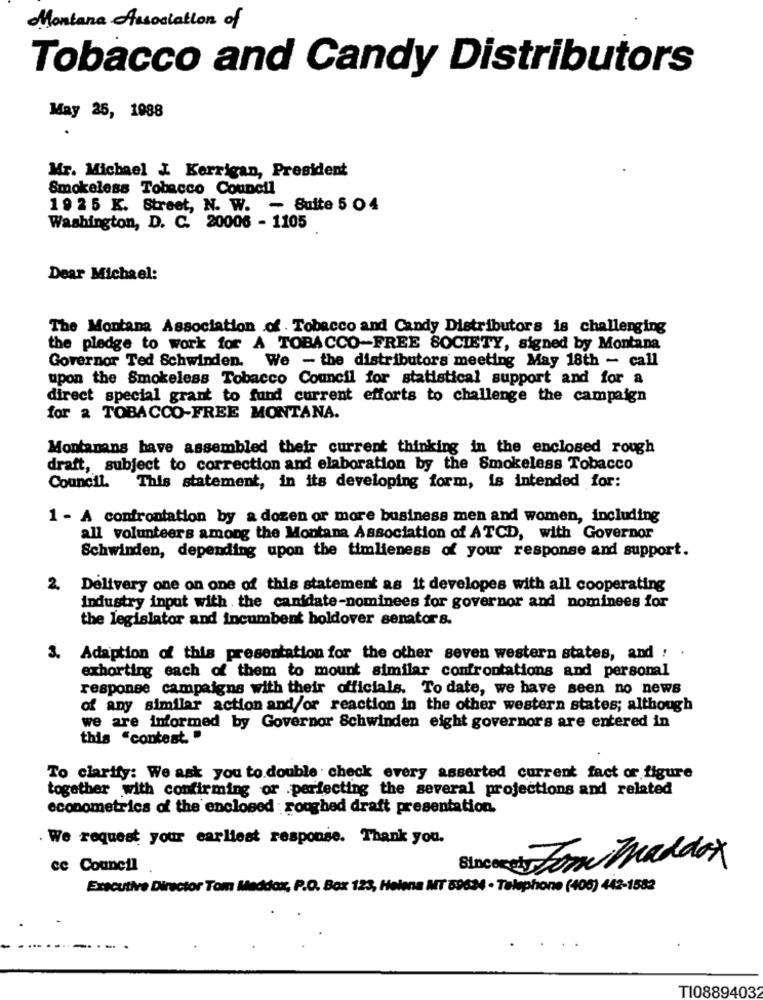
Montana Association of
Tobacco and Candy Distributors
May 25, 1988
Mr. Michael I Kerrigan, President
Smokeless Tobacco Council
19 25 K. Street, N. W. - Suite 5 04
Washington, D. C. 20006 - 1105
Dear Michael:
The Montana Association of . Tobacco and Candy Distributors is challenging
the pledge to work for A TOBACCO-FREE SOCIETY, signed by Montana
Governor Ted Schwinden. We - the distributors meeting May 18th - call
upon the Smokeless Tobacco Council for statistical support and for a
direct special grant to fund current efforts to challenge the campaign
for a TOBACCO-FREE MONTANA.
Montanans have assembled their current thinking in the enclosed rough
draft, subject to correction and elaboration by the Smokeless Tobacco
Council. This statement, in its developing form, is intended for:
1 - A confrontation by a dozen or more business men and women, including
all volunteers among the Montana Association of ATCD, with Governor
Schwinden, depending upon the timlieness of your response and support.
2. Delivery one on one of this statement as it developes with all cooperating
industry input with . the canidate-nominees for governor and nominees for
the legislator and incumbent holdover senators.
3.
Adaption of this presentation for the other seven western states, and : .
exhorting each of them to mount similar confrontations and personal
response campaigns with their officials. To date, we have seen no news
of any similar action and/or reaction in the other western states; although
we are informed by Governor Schwinden eight governors are entered in
this "contest. "
To clarify: We ask you to double check every asserted current fact or figure
together with confirming or .perfecting the several projections and related
econometrics of the enclosed : roughed draft presentation.
. We request your earliest response. Thank you.
Sincerely For Maddox
cc Council
Executive Director Tom Maddox, P.O. Box 123, Helena MT 89624 - Telephone (406) 442-1582
....
TI0889403